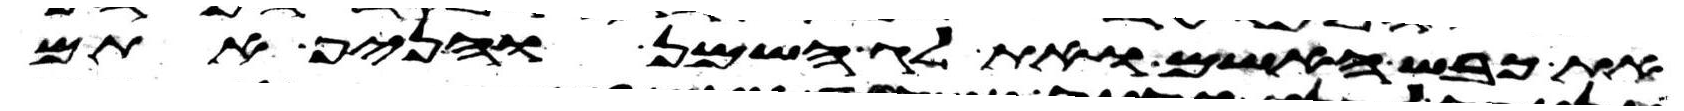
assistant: את כבש האשם ואת לג השמן והניף אתם